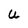
Character: U